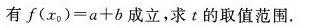
有 $$f ( x _ { 0 } ) = a + b$$ 成立，求t的取值范围.